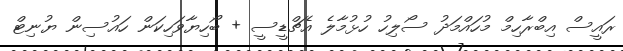
ރައީސް އިބްރާހިމް މުހައްމަދު ސޯލިހު ހުޅުމާލެ އެޗްޑީސީ + ބޯހިޔާވަހިކަން ހައުސިން ޔުނިޓް